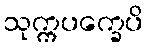
သုက္ကပက္ခေပိ